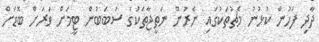
ދާދި ފަހުން ކުޅުނު މެޗުތަކުގައި ނެރުނު ނަތީޖާތަކުގެ ސަބަބުން ޓީމަށް ވަރަށް ބޮޑަށް